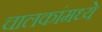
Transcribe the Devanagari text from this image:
चालकांमध्ये